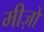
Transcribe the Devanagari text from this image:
मीज़ों